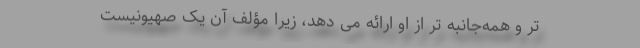
تر و همه‌جانبه‌ تر از او ارائه می ‌دهد، زیرا مؤلف آن یک صهیونیستِ